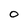
Character: 0